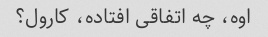
اوه، چه اتفاقی افتاده، کارول؟